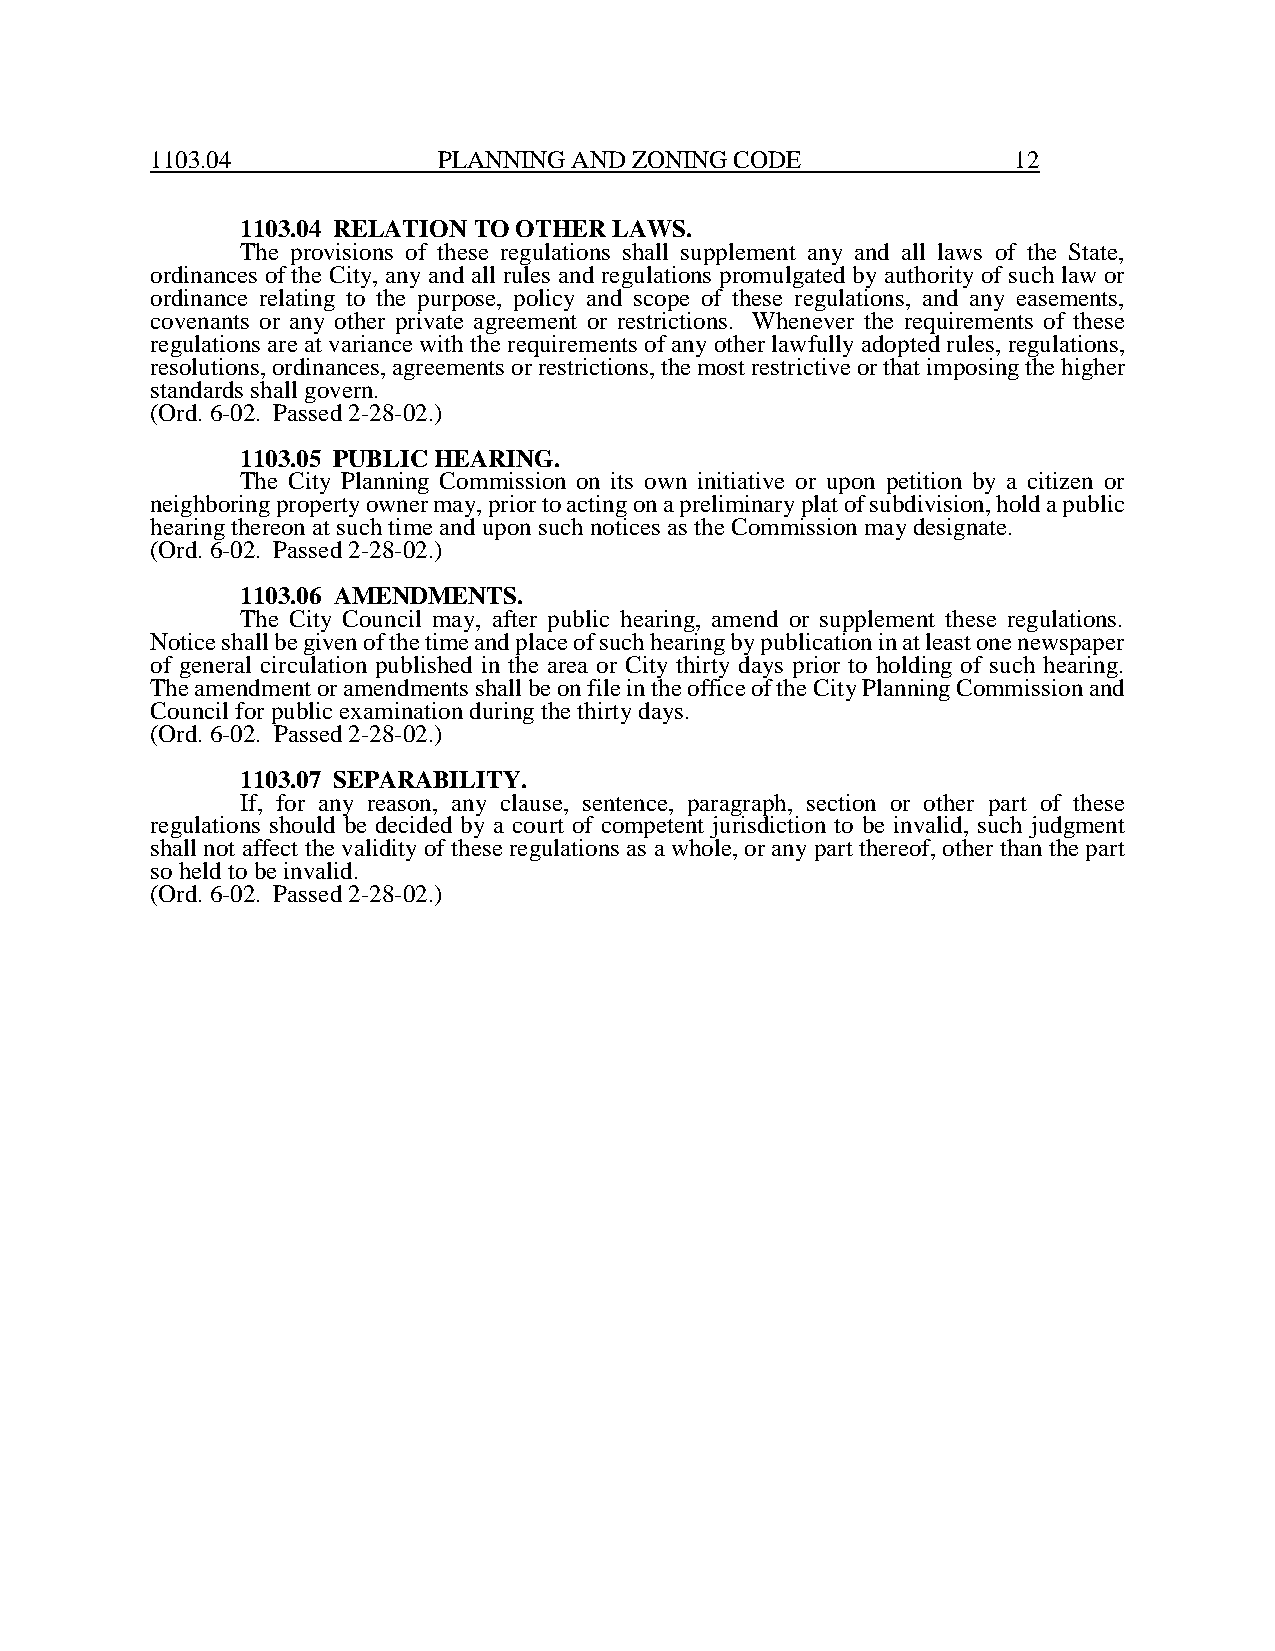
1103.04            PLANNING AND ZONING CODE              12
 1103.04 RELATION TO OTHER LAWS.
 The provisions of these regulations shall supplement any and all laws of the State,
 ordinances of the City, any and all rules and regulations promulgated by authority of such law or
 ordinance relating to the purpose, policy and scope of these regulations, and any easements,
 covenants or any other private agreement or restrictions. Whenever the requirements of these
 regulations are at variance with the requirements of any other lawfully adopted rules, regulations,
 resolutions, ordinances, agreements or restrictions, the most restrictive or that imposing the higher
 standards shall govern.
 (Ord. 6-02. Passed 2-28-02.)
 1103.05 PUBLIC HEARING.
 The City Planning Commission on its own initiative or upon petition by a citizen or
 neighboring property owner may, prior to acting on a preliminary plat of subdivision, hold a public
 hearing thereon at such time and upon such notices as the Commission may designate.
 (Ord. 6-02. Passed 2-28-02.)
 1103.06 AMENDMENTS.
 The City Council may, after public hearing, amend or supplement these regulations.
 Notice shall be given of the time and place of such hearing by publication in at least one newspaper
 of general circulation published in the area or City thirty days prior to holding of such hearing.
 The amendment or amendments shall be on file in the office of the City Planning Commission and
 Council for public examination during the thirty days.
 (Ord. 6-02. Passed 2-28-02.)
 1103.07 SEPARABILITY.
 If, for any reason, any clause, sentence, paragraph, section or other part of these
 regulations should be decided by a court of competent jurisdiction to be invalid, such judgment
 shall not affect the validity of these regulations as a whole, or any part thereof, other than the part
 so held to be invalid.
 (Ord. 6-02. Passed 2-28-02.)